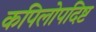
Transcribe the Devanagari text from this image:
कपिलोपदिष्ट